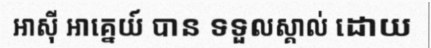
អាស៊ី អាគ្នេយ៍ បាន ទទួលស្គាល់ ដោយ